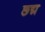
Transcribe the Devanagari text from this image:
छ्द्म